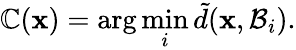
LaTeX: \mathbb{C}(\mathbf{{x}})=\arg\operatorname*{min}_{i}\tilde{{d}}(\mathbf{{x}},\mathcal{{B}}_{i}).